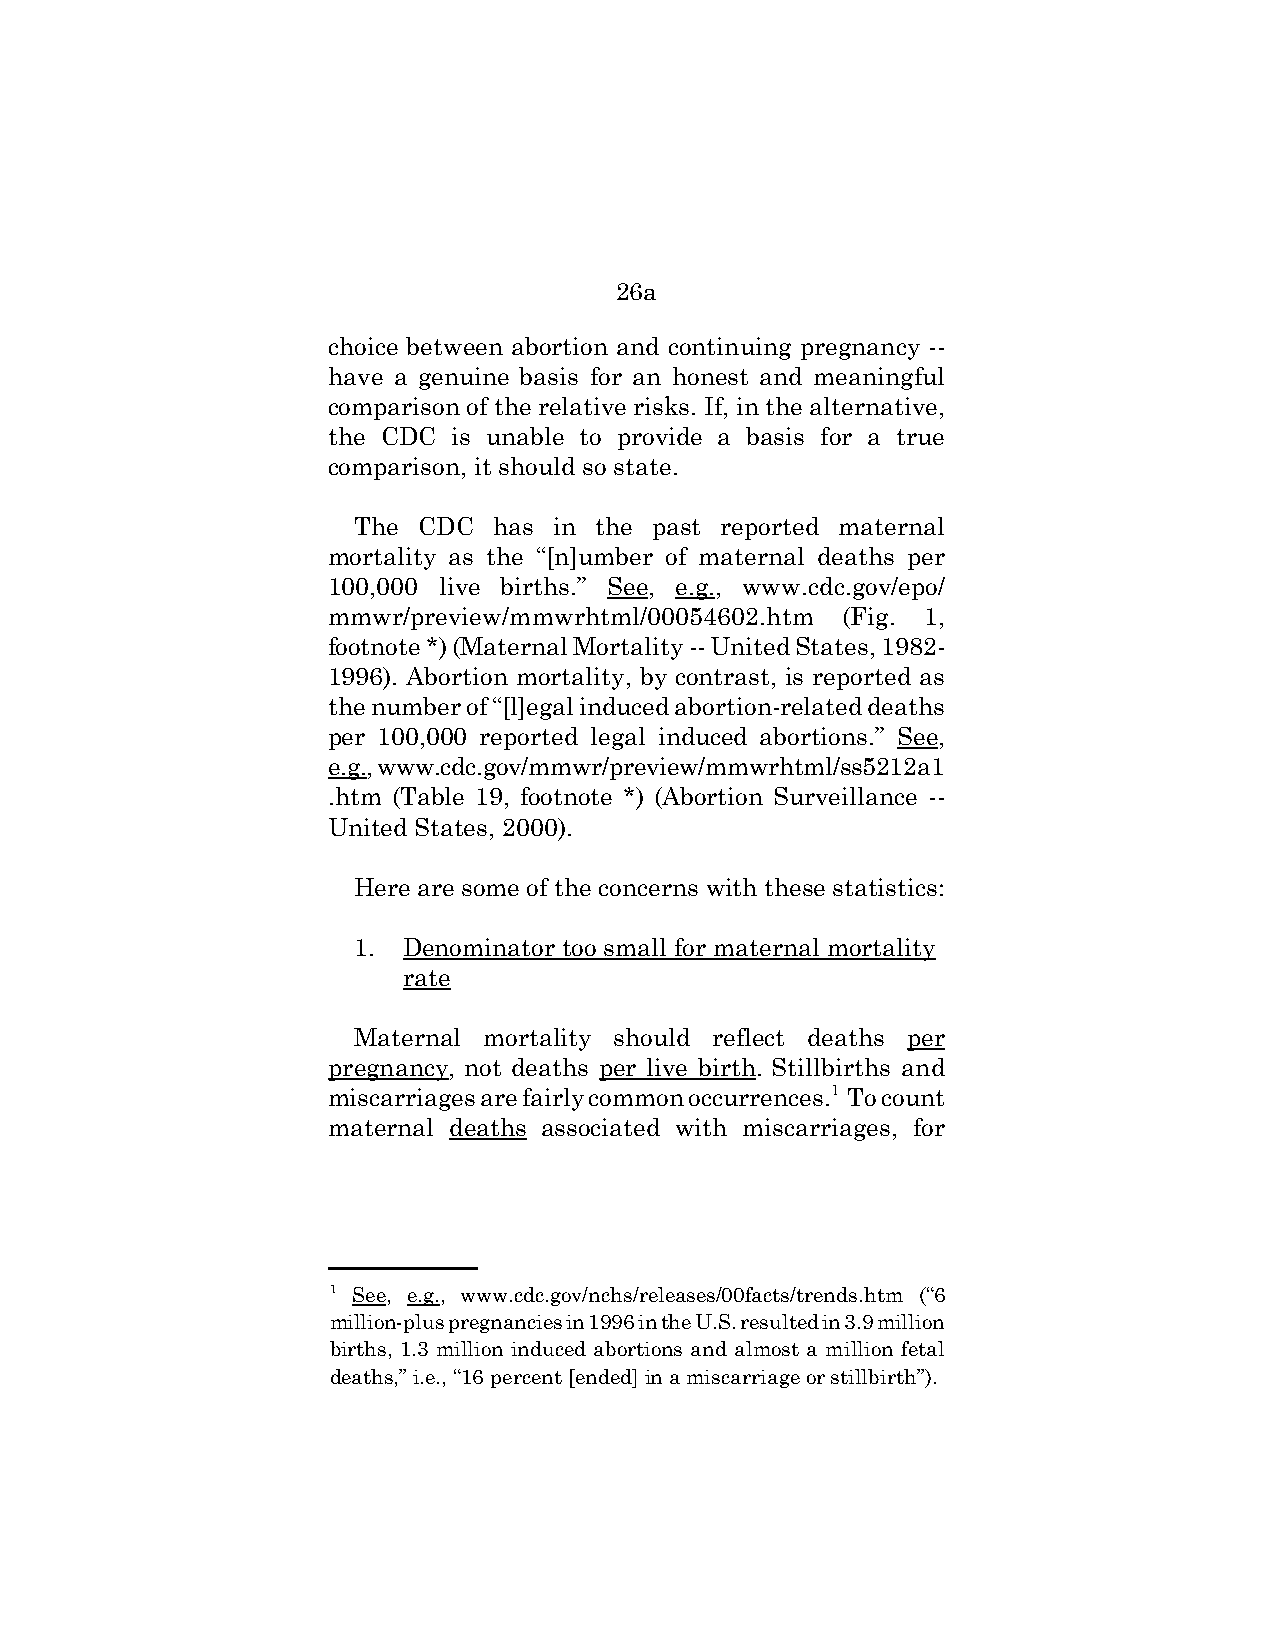
26a
 choice between abortion and continuing pregnancy --
 have a genuine basis for an honest and meaningful
 comparison of the relative risks. If, in the alternative,
 the CDC is unable to provide a basis for a true
 comparison, it should so state.
 The  CDC  has in the past reported maternal
 mortality as the “[n]umber of maternal deaths per
 100,000 live births.” See, e.g., www.cdc.gov/epo/
 mmwr/preview/mmwrhtml/00054602.htm (Fig. 1,
 footnote *) (Maternal Mortality -- United States, 1982-
 1996). Abortion mortality, by contrast, is reported as
 the number of “[l]egal induced abortion-related deaths
 per 100,000 reported legal induced abortions.” See,
 e.g., www.cdc.gov/mmwr/preview/mmwrhtml/ss5212a1
 .htm (Table 19, footnote *) (Abortion Surveillance --
 United States, 2000).
 Here are some of the concerns with these statistics:
 1.  Denominator too small for maternal mortality
 rate
 Maternal mortality should reflect deaths per
 pregnancy, not deaths per live birth. Stillbirths and
 miscarriages are fairly common occurrences.1 To count
 maternal deaths associated with miscarriages, for
 1 See, e.g., www.cdc.gov/nchs/releases/00facts/trends.htm (“6
 million-plus pregnancies in 1996 in the U.S. resulted in 3.9 million
 births, 1.3 million induced abortions and almost a million fetal
 deaths,” i.e., “16 percent [ended] in a miscarriage or stillbirth”).